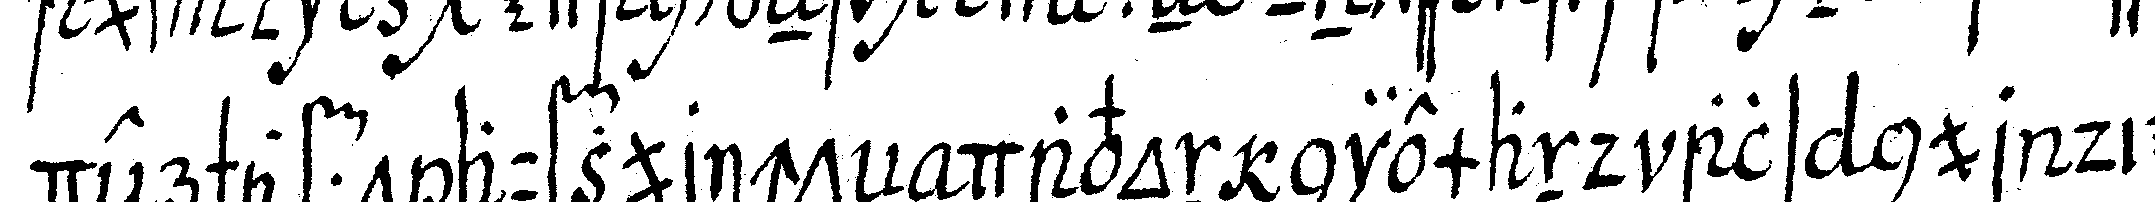
derschafft aufzurichteN davon niemand als nur die